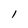
Character: 1